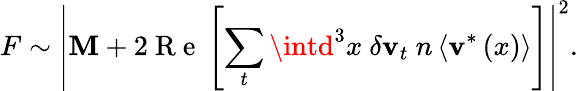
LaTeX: F\sim\left|\mathbf{M}+2\mathrm{{~R~e~}}\left[\sum_{t}\intd^{3}x\ \delta\textbf{{v}}_{t}\ n\left<\textbf{{v}}^{*}\left(x\right)\right>\right]\right|^{2}.